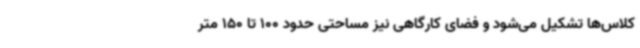
کلاس‌ها تشکیل می‌شود و فضای کارگاهی نیز مساحتی حدود 100 تا 150 متر